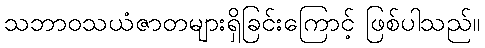
သဘာဝသယံဇာတများရှိခြင်းကြောင့် ဖြစ်ပါသည်။